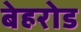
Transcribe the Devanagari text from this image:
बेहरोड